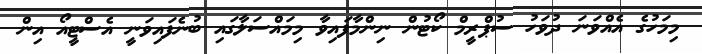
މިމަހުގެ އެއްވަނަ ދުވަހު ސުޕްރީމް ކޯޓުން ނިންމާފައިވާ މިމައްސަލާގައި ބުނެފައިވަނީ އެސްޓީއޯ އިން